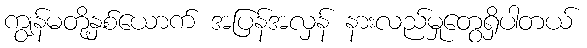
ကျွန်မတို့နှစ်ယောက် အပြန်အလှန် နားလည်မှုတွေရှိပါတယ်